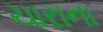
ચારાના